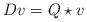
LaTeX: \begin{align*} D v = Q \star v\end{align*}